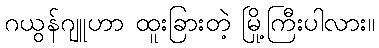
ဂယွန်ဂျူဟာ ထူးခြားတဲ့ မြို့ကြီးပါလား။